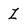
Character: Z